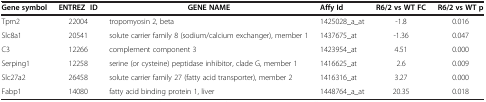
<table><thead><tr><td><b>Gene symbol</b></td><td><b>ENTREZ ID</b></td><td><b>GENE NAME</b></td><td><b>Affy Id</b></td><td><b>R6/2 vs WT FC</b></td><td><b>R6/2 vs WT p</b></td></tr></thead><tbody><tr><td>Tpm2</td><td>22004</td><td>tropomyosin 2, beta</td><td>1425028_a_at</td><td>-1.8</td><td>0.016</td></tr><tr><td>Slc8a1</td><td>20541</td><td>solute carrier family 8 (sodium/calcium exchanger), member 1</td><td>1437675_at</td><td>-1.36</td><td>0.047</td></tr><tr><td>C3</td><td>12266</td><td>complement component 3</td><td>1423954_at</td><td>4.51</td><td>0.000</td></tr><tr><td>Serping1</td><td>12258</td><td>serine (or cysteine) peptidase inhibitor, clade G, member 1</td><td>1416625_at</td><td>2.6</td><td>0.009</td></tr><tr><td>Slc27a2</td><td>26458</td><td>solute carrier family 27 (fatty acid transporter), member 2</td><td>1416316_at</td><td>3.27</td><td>0.000</td></tr><tr><td>Fabp1</td><td>14080</td><td>fatty acid binding protein 1, liver</td><td>1448764_a_at</td><td>20.35</td><td>0.018</td></tr></tbody></table>